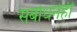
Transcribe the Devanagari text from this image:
संबोधनेही